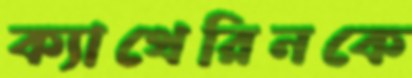
ক্যাথেরিনকে